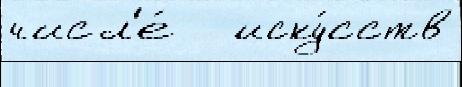
числ'е́   иску́сств